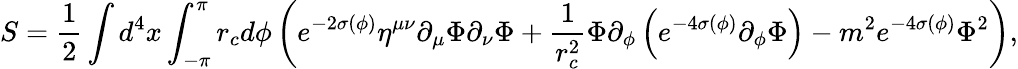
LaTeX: S={\frac{1}{2}}\int d^{4}x\int_{-\pi}^{\pi}r_{c}d\phi\left(e^{-2\sigma(\phi)}\eta^{\mu\nu}\partial_{\mu}\Phi\partial_{\nu}\Phi+{\frac{1}{r_{c}^{2}}}\Phi\partial_{\phi}\left(e^{-4\sigma(\phi)}\partial_{\phi}\Phi\right)-m^{2}e^{-4\sigma(\phi)}\Phi^{2}\right),